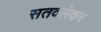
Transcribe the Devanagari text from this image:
सतवलेकर